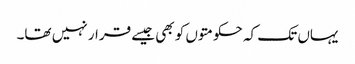
یہاں تک کہ حکومتوں کو بھی جیسے قرار نہیں تھا۔